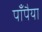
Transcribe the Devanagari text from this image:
पाँपैया